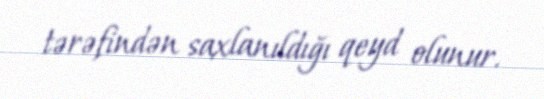
tərəfindən saxlanıldığı qeyd olunur.